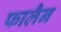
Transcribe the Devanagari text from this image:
फालैन